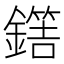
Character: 𨬼